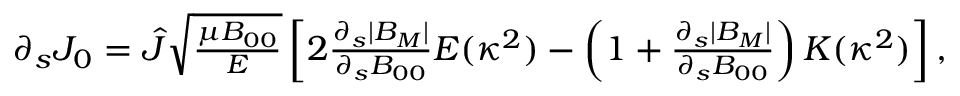
\begin{array} { r } { \partial _ { s } J _ { 0 } = \hat { J } \sqrt { \frac { \mu B _ { 0 0 } } { { \cal E } } } \left[ 2 \frac { \partial _ { s } | B _ { M } | } { \partial _ { s } B _ { 0 0 } } E ( \kappa ^ { 2 } ) - \left( 1 + \frac { \partial _ { s } | B _ { M } | } { \partial _ { s } B _ { 0 0 } } \right) K ( \kappa ^ { 2 } ) \right] , } \end{array}